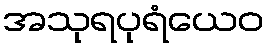
အသုရပုရံယေဝ